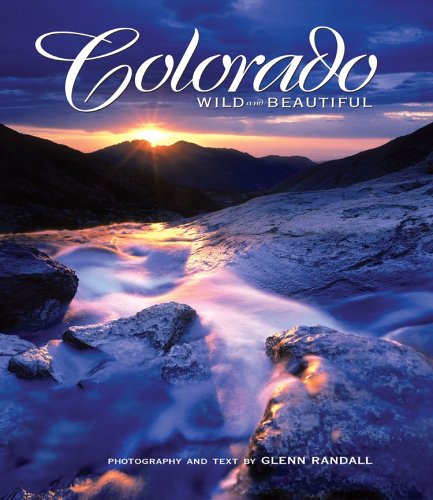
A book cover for Colorado Wild and Beautiful; photography by Glenn Randall; Arts & Photography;